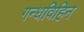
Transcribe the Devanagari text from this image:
गन्धविहिन